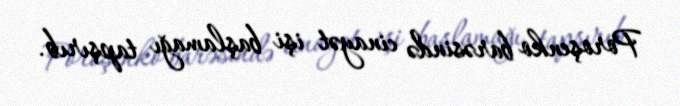
Poroşenko barəsində cinayət işi başlamağı tapşırıb.